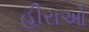
હીરાઓ